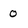
Character: 0